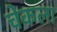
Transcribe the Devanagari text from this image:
चेकला